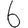
Digit: 6